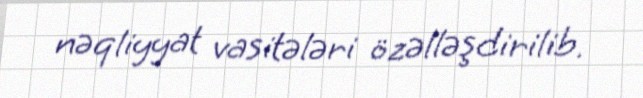
nəqliyyat vasitələri özəlləşdirilib.